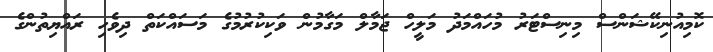
ކޮމިއުނިކޭޝަންސް މިނިސްޓަރު މުހައްމަދު މަލީހް ޖަމާލް މަގާމުން ވަކިކުރުމުގެ މަސައްކަތް ދިވެހި ރައްޔިތުންގެ